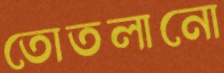
তোতলানো